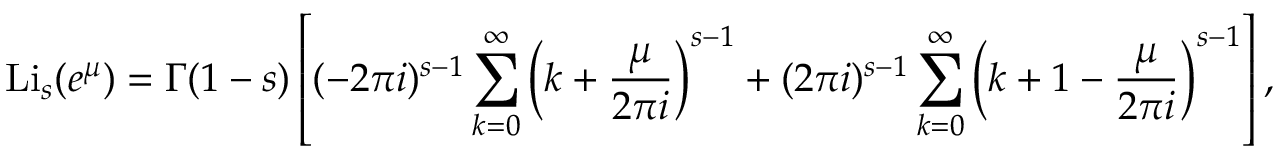
\operatorname { L i } _ { s } ( e ^ { \mu } ) = \Gamma ( 1 - s ) \left[ ( - 2 \pi i ) ^ { s - 1 } \sum _ { k = 0 } ^ { \infty } \left( k + { \frac { \mu } { 2 \pi i } } \right) ^ { s - 1 } + ( 2 \pi i ) ^ { s - 1 } \sum _ { k = 0 } ^ { \infty } \left( k + 1 - { \frac { \mu } { 2 \pi i } } \right) ^ { s - 1 } \right] ,